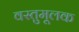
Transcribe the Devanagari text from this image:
वस्तुमूलक